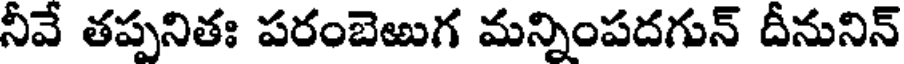
నీవే తప్పనితః పరంబెఱుగ మన్నింపదగున్ దీనునిన్